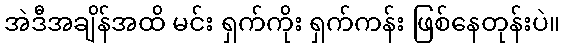
အဲဒီအချိန်အထိ မင်း ရှက်ကိုး ရှက်ကန်း ဖြစ်နေတုန်းပဲ။